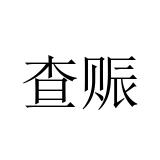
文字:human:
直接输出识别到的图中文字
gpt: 查赈